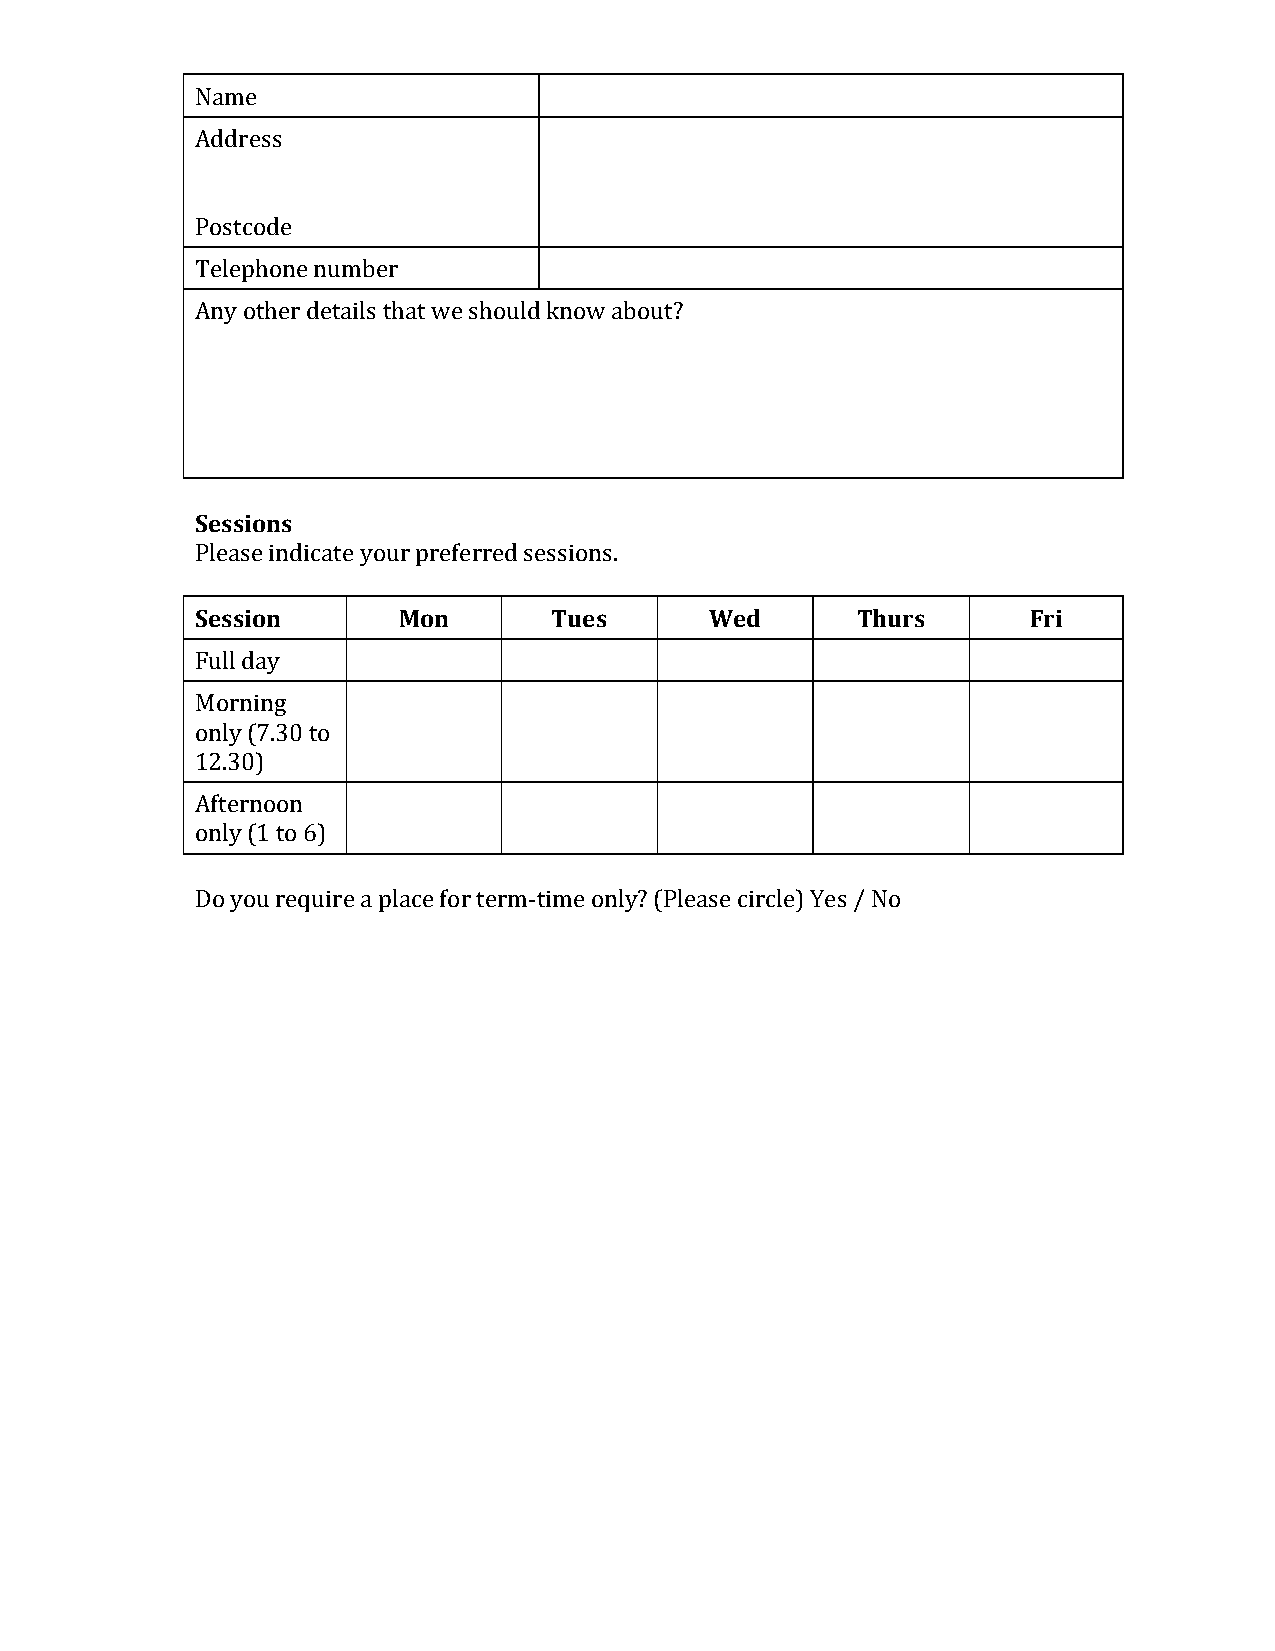
Name
 Address
 Postcode
 Telephone number
 Any other details that we should know about?
 Sessions
 Please indicate your preferred sessions.
 Session      Mon        Tues      Wed       Thurs      Fri
 Full day
 Morning
 only (7.30 to
 12.30)
 Afternoon
 only (1 to 6)
 Do you require a place for term-time only? (Please circle) Yes / No